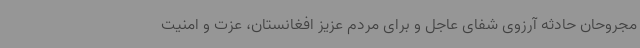
مجروحان حادثه آرزوی شفای عاجل و برای مردم عزیز افغانستان، عزت و امنیت